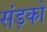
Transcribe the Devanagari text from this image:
संड़कों